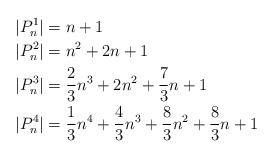
\begin{align*}|P_n^1| & = n + 1 \\|P_n^2| & = n^2 + 2n + 1 \\|P_n^3| & = \frac{2}{3} n^3 + 2n^2 + \frac{7}{3} n + 1 \\|P_n^4| & = \frac{1}{3} n^4 + \frac{4}{3} n^3 + \frac{8}{3} n^2 + \frac{8}{3} n + 1 \end{align*}